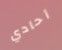
أحادي